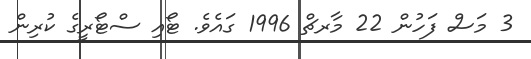
3 މަސް ފަހުން 22 މާރޗް 1996 ގައެވެ. ޓޯއި ސްޓޯރީގެ ކުރިން